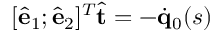
[ \hat { \bf e } _ { 1 } ; \hat { \bf e } _ { 2 } ] ^ { T } \hat { \bf t } = - \dot { \bf q } _ { 0 } ( s )